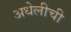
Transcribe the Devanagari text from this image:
अधेलीची